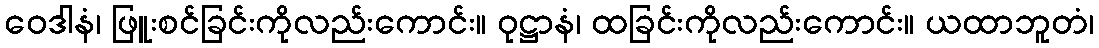
ဝေဒါနံ၊ ဖြူးစင်ခြင်းကိုလည်းကောင်း။ ဝုဋ္ဌာနံ၊ ထခြင်းကိုလည်းကောင်း။ ယထာဘူတံ၊